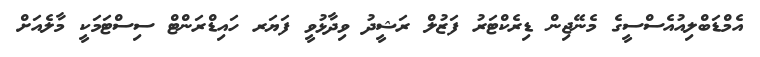
އެމްޑަބްލިއުއެސްސީގެ މެނޭޖިން ޑިރެކްޓަރު ފަޒުލް ރަޝީދު ވިދާޅުވީ ފަޔަރ ހައިޑްރަންޓް ސިސްޓަމަކީ މާލެއަށް